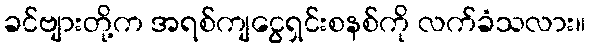
ခင်ဗျားတို့က အရစ်ကျငွေရှင်းစနစ်ကို လက်ခံသလား။